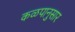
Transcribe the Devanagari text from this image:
कळपानुसार